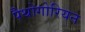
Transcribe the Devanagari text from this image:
पैथोगोरियन